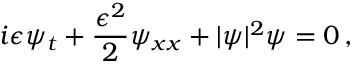
i \epsilon \psi _ { t } + \frac { \epsilon ^ { 2 } } { 2 } \psi _ { x x } + | \psi | ^ { 2 } \psi = 0 \, ,